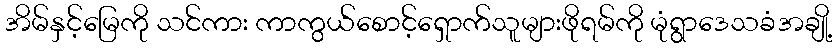
အိမ်နှင့်မြေကို သင်ကား ကာကွယ်စောင့်ရှောက်သူများဖိုရမ်ကို မုံရွာဒေသခံအချို့